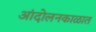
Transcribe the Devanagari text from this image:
आंदोलनकाळात